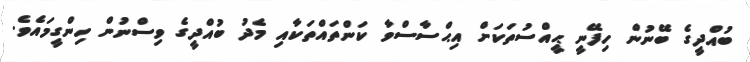
ބުއްދީގެ ބޭނުން ހިފޭނީ ޙީއްސުތަކަށް އިޙްސާސްވާ ކަންތައްތަކާއި މެދު ބުއްދީގެ ވިސްނުން ހިންގީމައެވެ.